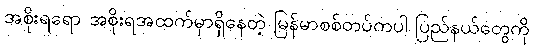
အစိုးရရော အစိုးရအထက်မှာရှိနေတဲ့ မြန်မာစစ်တပ်ကပါ ပြည်နယ်တွေကို